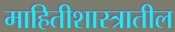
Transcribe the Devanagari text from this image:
माहितीशास्त्रातील